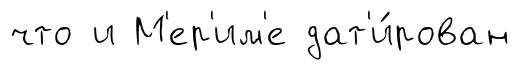
что и М'ер'им'е дат'и́рован